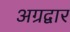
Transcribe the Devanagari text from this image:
अग्रद्वार